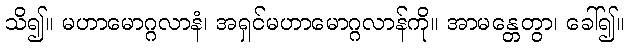
သိ၍။ မဟာမောဂ္ဂလာနံ၊ အရှင်မဟာမောဂ္ဂလာန်ကို။ အာမန္တေတွာ၊ ခေါ်၍။